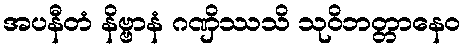
အပနီတံ နိဗ္ဗာနံ ဂဏှိဿသိ သုဝိဘတ္တာနေဝ